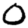
Digit: 0